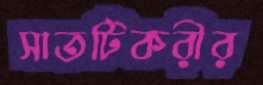
সাতটিকরীর